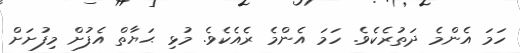
ހަމަ އެންމެ ދަތުރެކެވެ. ހަމަ އެންމެ ރެއެކެވެ. މުޅި ޙަޔާތް އެފުށް މިފުށަށް